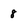
Character: 8